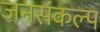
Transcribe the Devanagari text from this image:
जनसंकल्प